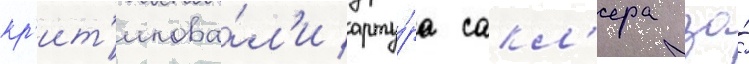
кр'ит'икова́л'и арту́ра сакл'ера за́